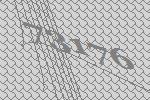
73176